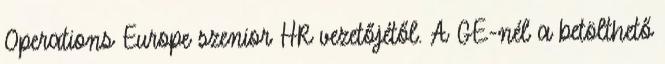
Operations Europe szenior HR vezetőjétől. A GE-nél a betölthető